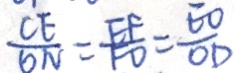
\frac { C E } { O N } = \frac { E F } { F O } = \frac { E O } { O D }